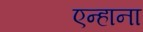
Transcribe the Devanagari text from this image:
एन्हाना